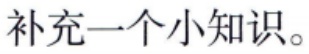
补充一个小知识。